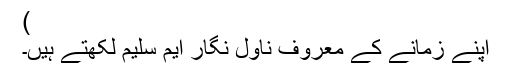
)
اپنے زمانے کے معروف ناول نگار ایم سلیم لکھتے ہیں۔